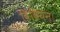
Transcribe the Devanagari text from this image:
विवियन।